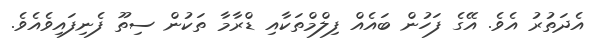
އެދަތުރު އެވެ. އޭގެ ފަހުން ބައެއް ފިލްމްތަކާއި ޑްރާމާ ތަކުން ސިތޫ ފެނިފައިވެއެވެ.